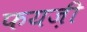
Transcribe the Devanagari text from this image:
फयज़ी